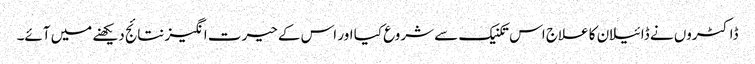
ڈاکٹروں نے ڈائیلان کا علاج اس تکنیک سے شروع کیا اور اس کے حیرت انگیز نتائج دیکھنے میں آئے۔